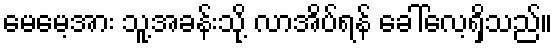
မေမေ့အား သူ့အခန်းသို့ လာအိပ်ရန် ခေါ်လေ့ရှိသည်။